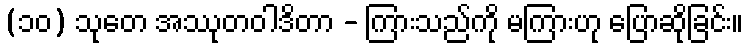
(၁၀) သုတေ အဿုတဝါဒိတာ - ကြားသည်ကို မကြားဟု ပြောဆိုခြင်း။